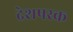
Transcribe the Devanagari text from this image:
देशपरक